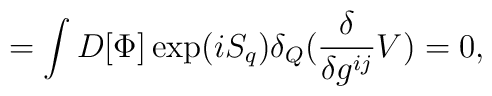
=\int D[\Phi] \exp(iS_{q})\delta_{Q}(\frac{\delta}{\delta g^{ij}}V)=0,